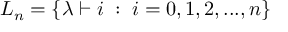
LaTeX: { \cal L } _ { n } = \{ \lambda \vdash i \; : \; i = 0 , 1 , 2 , . . . , n \}